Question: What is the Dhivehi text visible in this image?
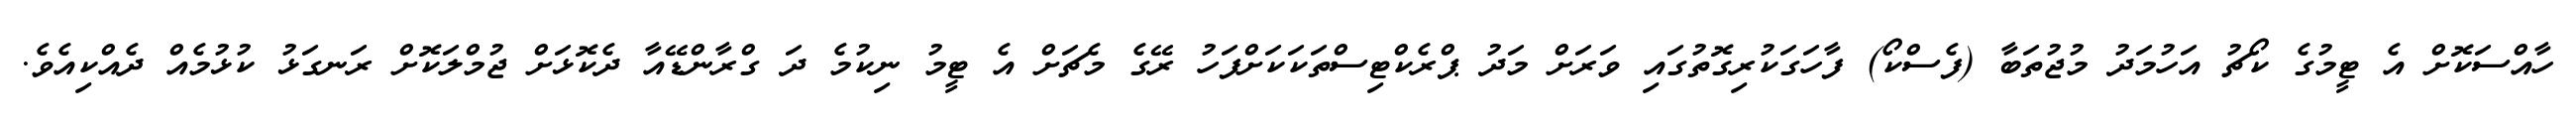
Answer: ހާއްސަކޮށް އެ ޓީމުގެ ކޯޗު އަހުމަދު މުޖުތަބާ (ފެސްކޯ) ފާހަގަކުރިގޮތުގައި ވަރަށް މަދު ޕްރެކްޓިސްތަކަކަށްފަހު ރޭގެ މެޗަށް އެ ޓީމު ނިކުމެ ދަ ގްރާންޑޭއާ ދެކޮޅަށް ޖުމްލަކޮށް ރަނގަޅު ކުޅުމެއް ދެއްކިއެވެ.